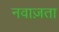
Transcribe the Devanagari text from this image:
नवाज़ता